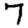
Digit: 7